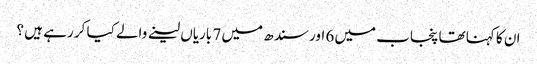
ان کا کہنا تھا پنجاب میں 6 اور سندھ میں 7 باریاں لینے والے کیا کر رہے ہیں ؟